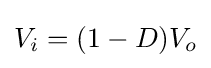
V_{i}=(1-D)V_{o}